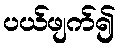
ပယ်ဖျက်၍